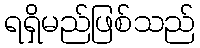
ရရှိမည်ဖြစ်သည်